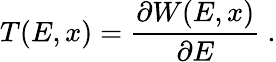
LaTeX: T(E,x)={\frac{\partial W(E,x)}{\partial E}}\ .